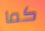
كما